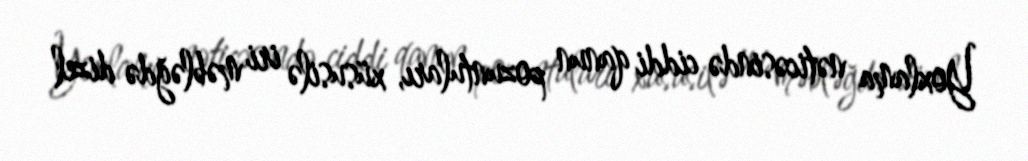
Yoxlama nəticəsində ciddi qanun pozuntuları, xüsusilə iri məbləğdə dizel